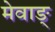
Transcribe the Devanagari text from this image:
मेवाङ्